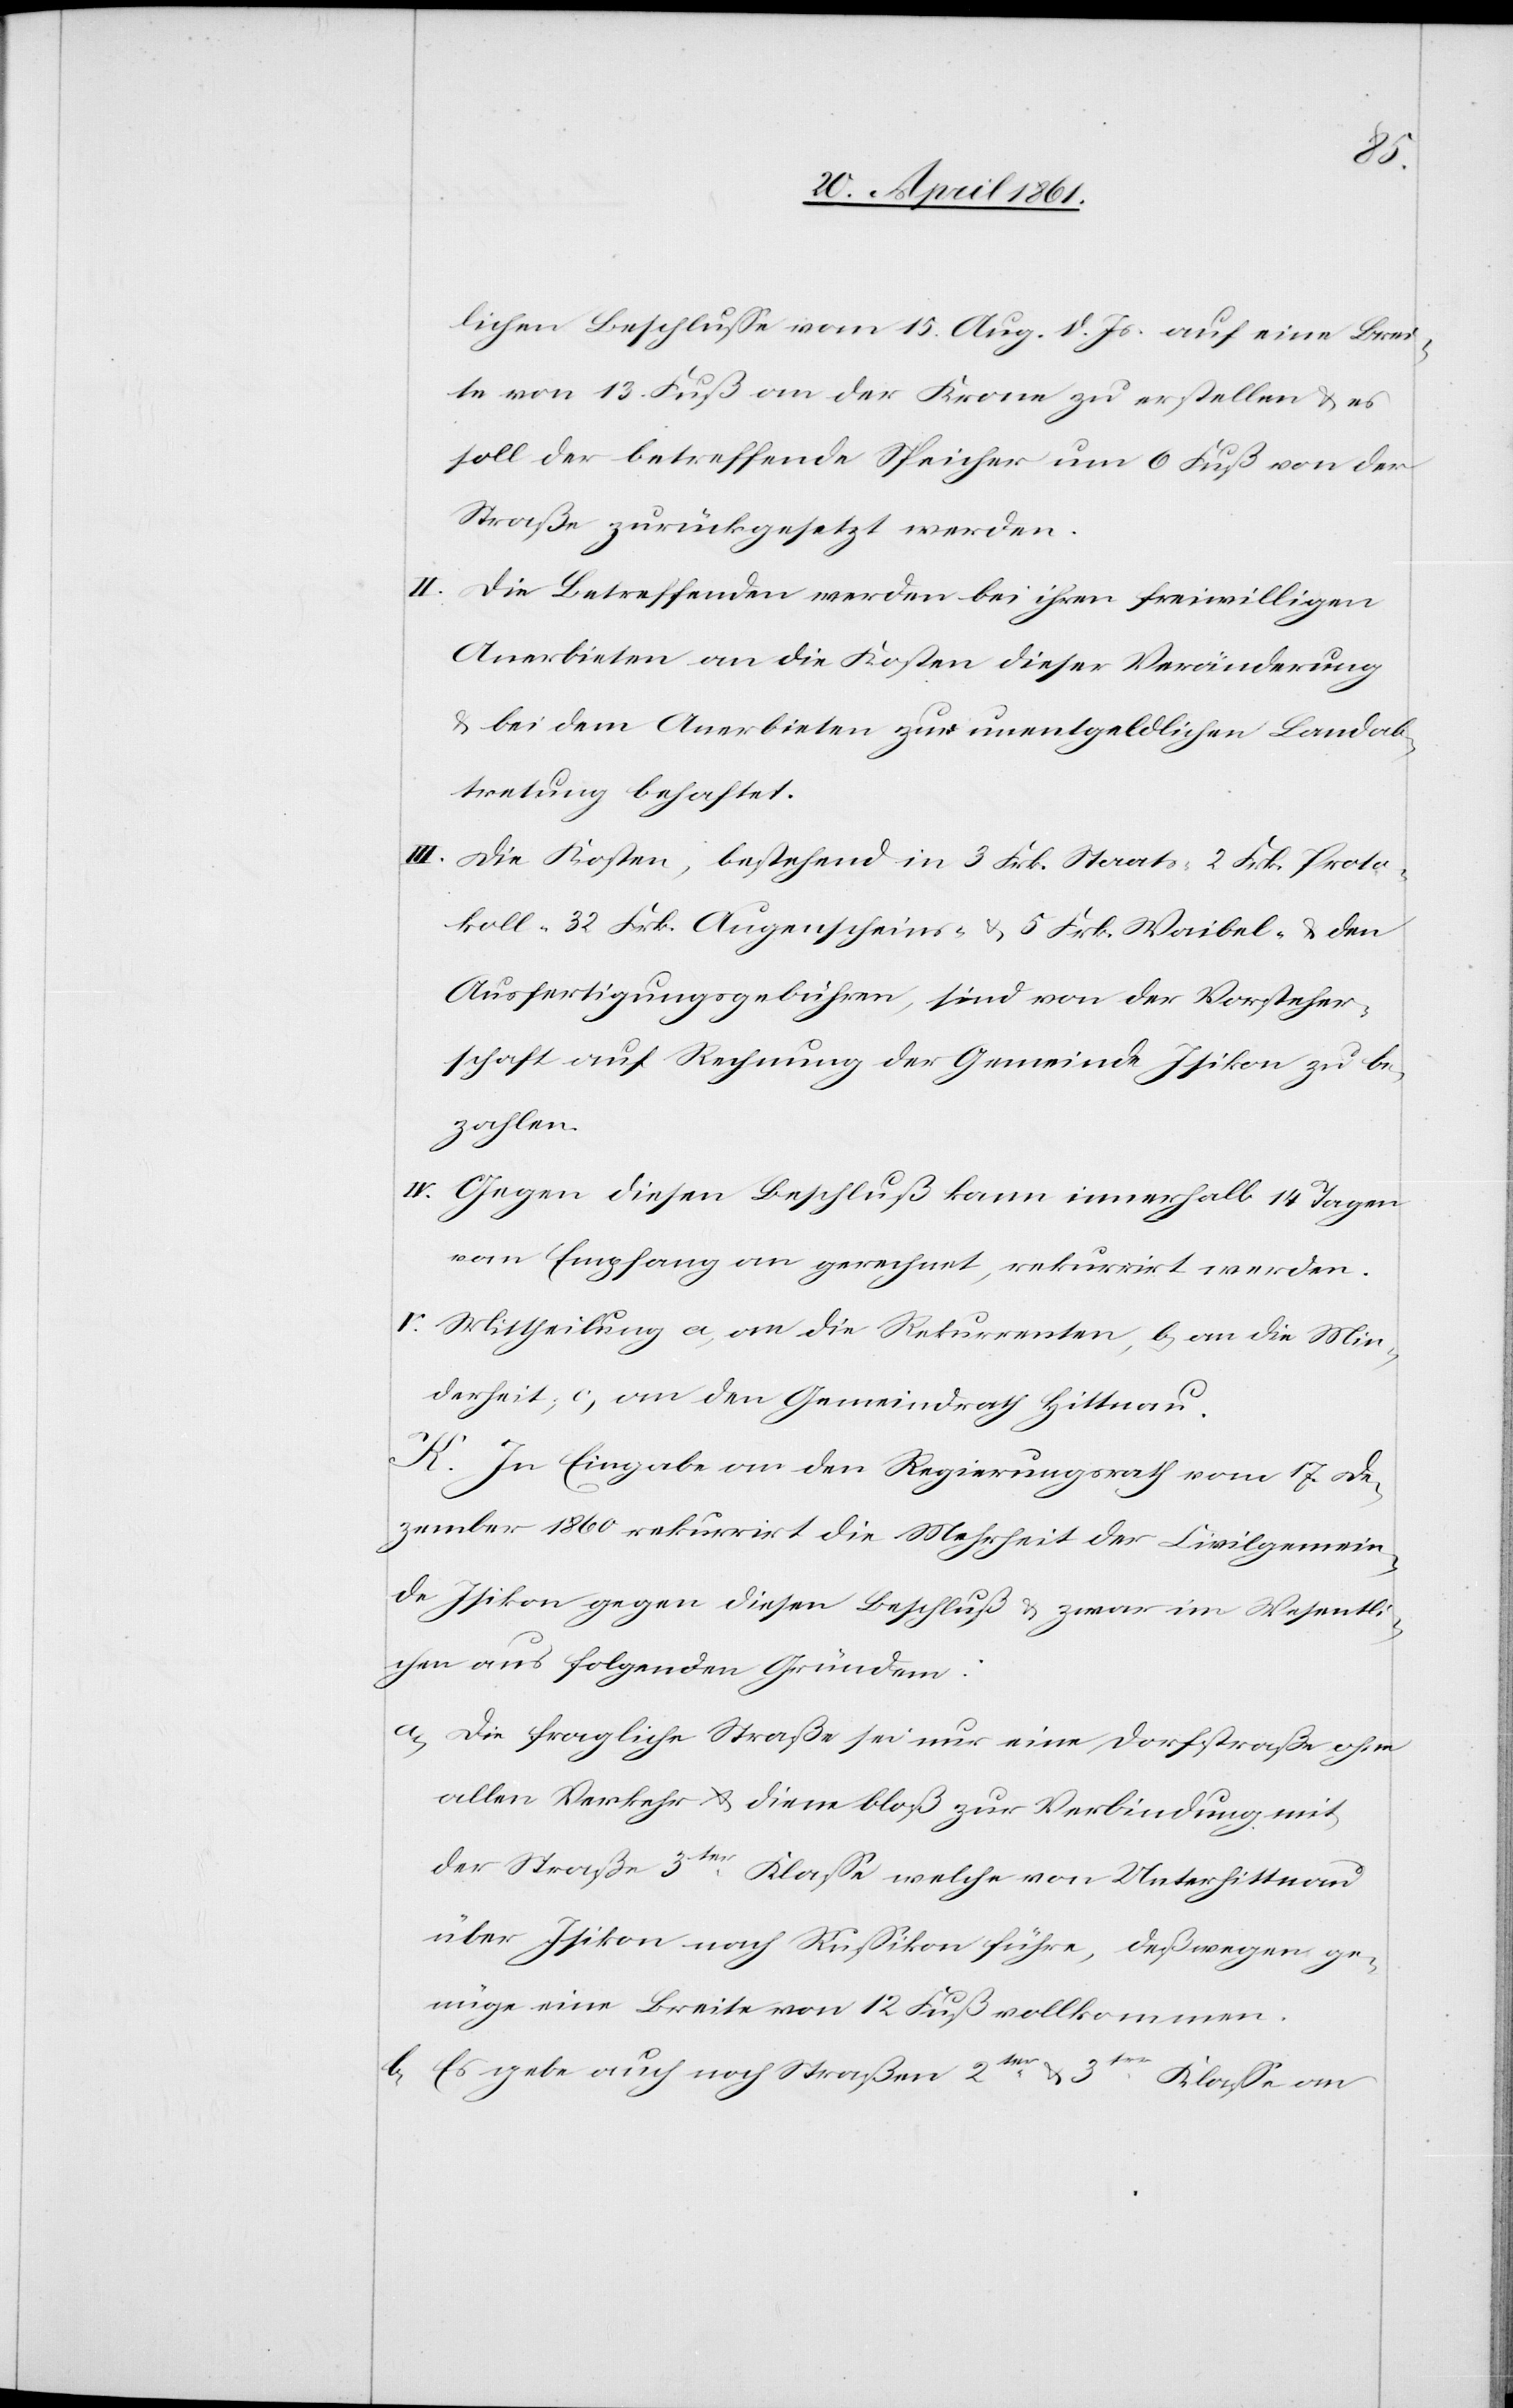
lichen Beschlusse vom 15. Aug. d. Js. auf eine Brei¬
te von 13. Fuß an der Krone zu erstellen u. es
soll der betreffende Speicher um 6 Fuß von der
Straße zurückgesetzt werden.
II. Die Betreffenden werden bei ihren freiwilligen
Anerbieten an die Kosten dieser Veränderung
u. bei dem Anerbieten zur unentgeldlichen Landab¬
tretung behaftet.
III. Die Kosten, bestehend in 3 Frk. Staats-[,] 2 Frk. Proto¬
koll-[,] 32 Frk. Augenscheins- u. 5 Frk. Waibel- u. den
Ausfertigungsgebühren, sind von der Vorsteher¬
schaft auf Rechnung der Gemeinde Isikon zu be¬
zahlen.
IV. Gegen diesen Beschluß kann innerhalb 14 Tagen
von Empfang an gerechnet, rekurrirt werden.
V. Mittheilung a. an die Rekurrenten, b. an die Min¬
derheit, c. an den Gemeindrath Hittnau.
K. In Eingabe an den Regierungsrath vom 17. De¬
zember 1860 rekurirrt die Mehrheit der Civilgemein¬
de Isikon gegen diesen Beschluß u. zwar im Wesentli¬
chen aus folgenden Gründen:
a. Die fragliche Straße sei nur eine Dorfstraße ohne
allen Verkehr u. diene bloß zur Verbindung mit
der Straße 3ter Klasse welche von Unterhittnau
über Isikon nach Russikon führe, deßwegen ge¬
nüge eine Breite von 12 Fuß vollkommen.
b. Es gebe auch noch Straßen 2ter u. 3ter Klasse an